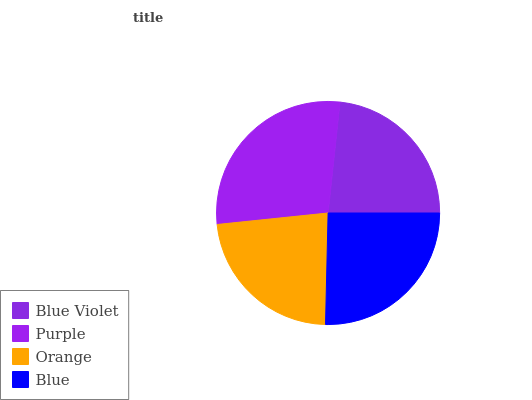
| Blue Violet | Purple | Orange | Blue |
 | --- | --- | --- | --- |
 | 23.3% | 28.4% | 23% | 25.4% |